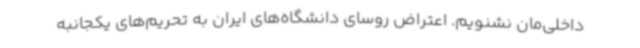
داخلی‌مان نشنویم. اعتراض روسای دانشگاه‌های ایران به تحریم‌های یکجانبه